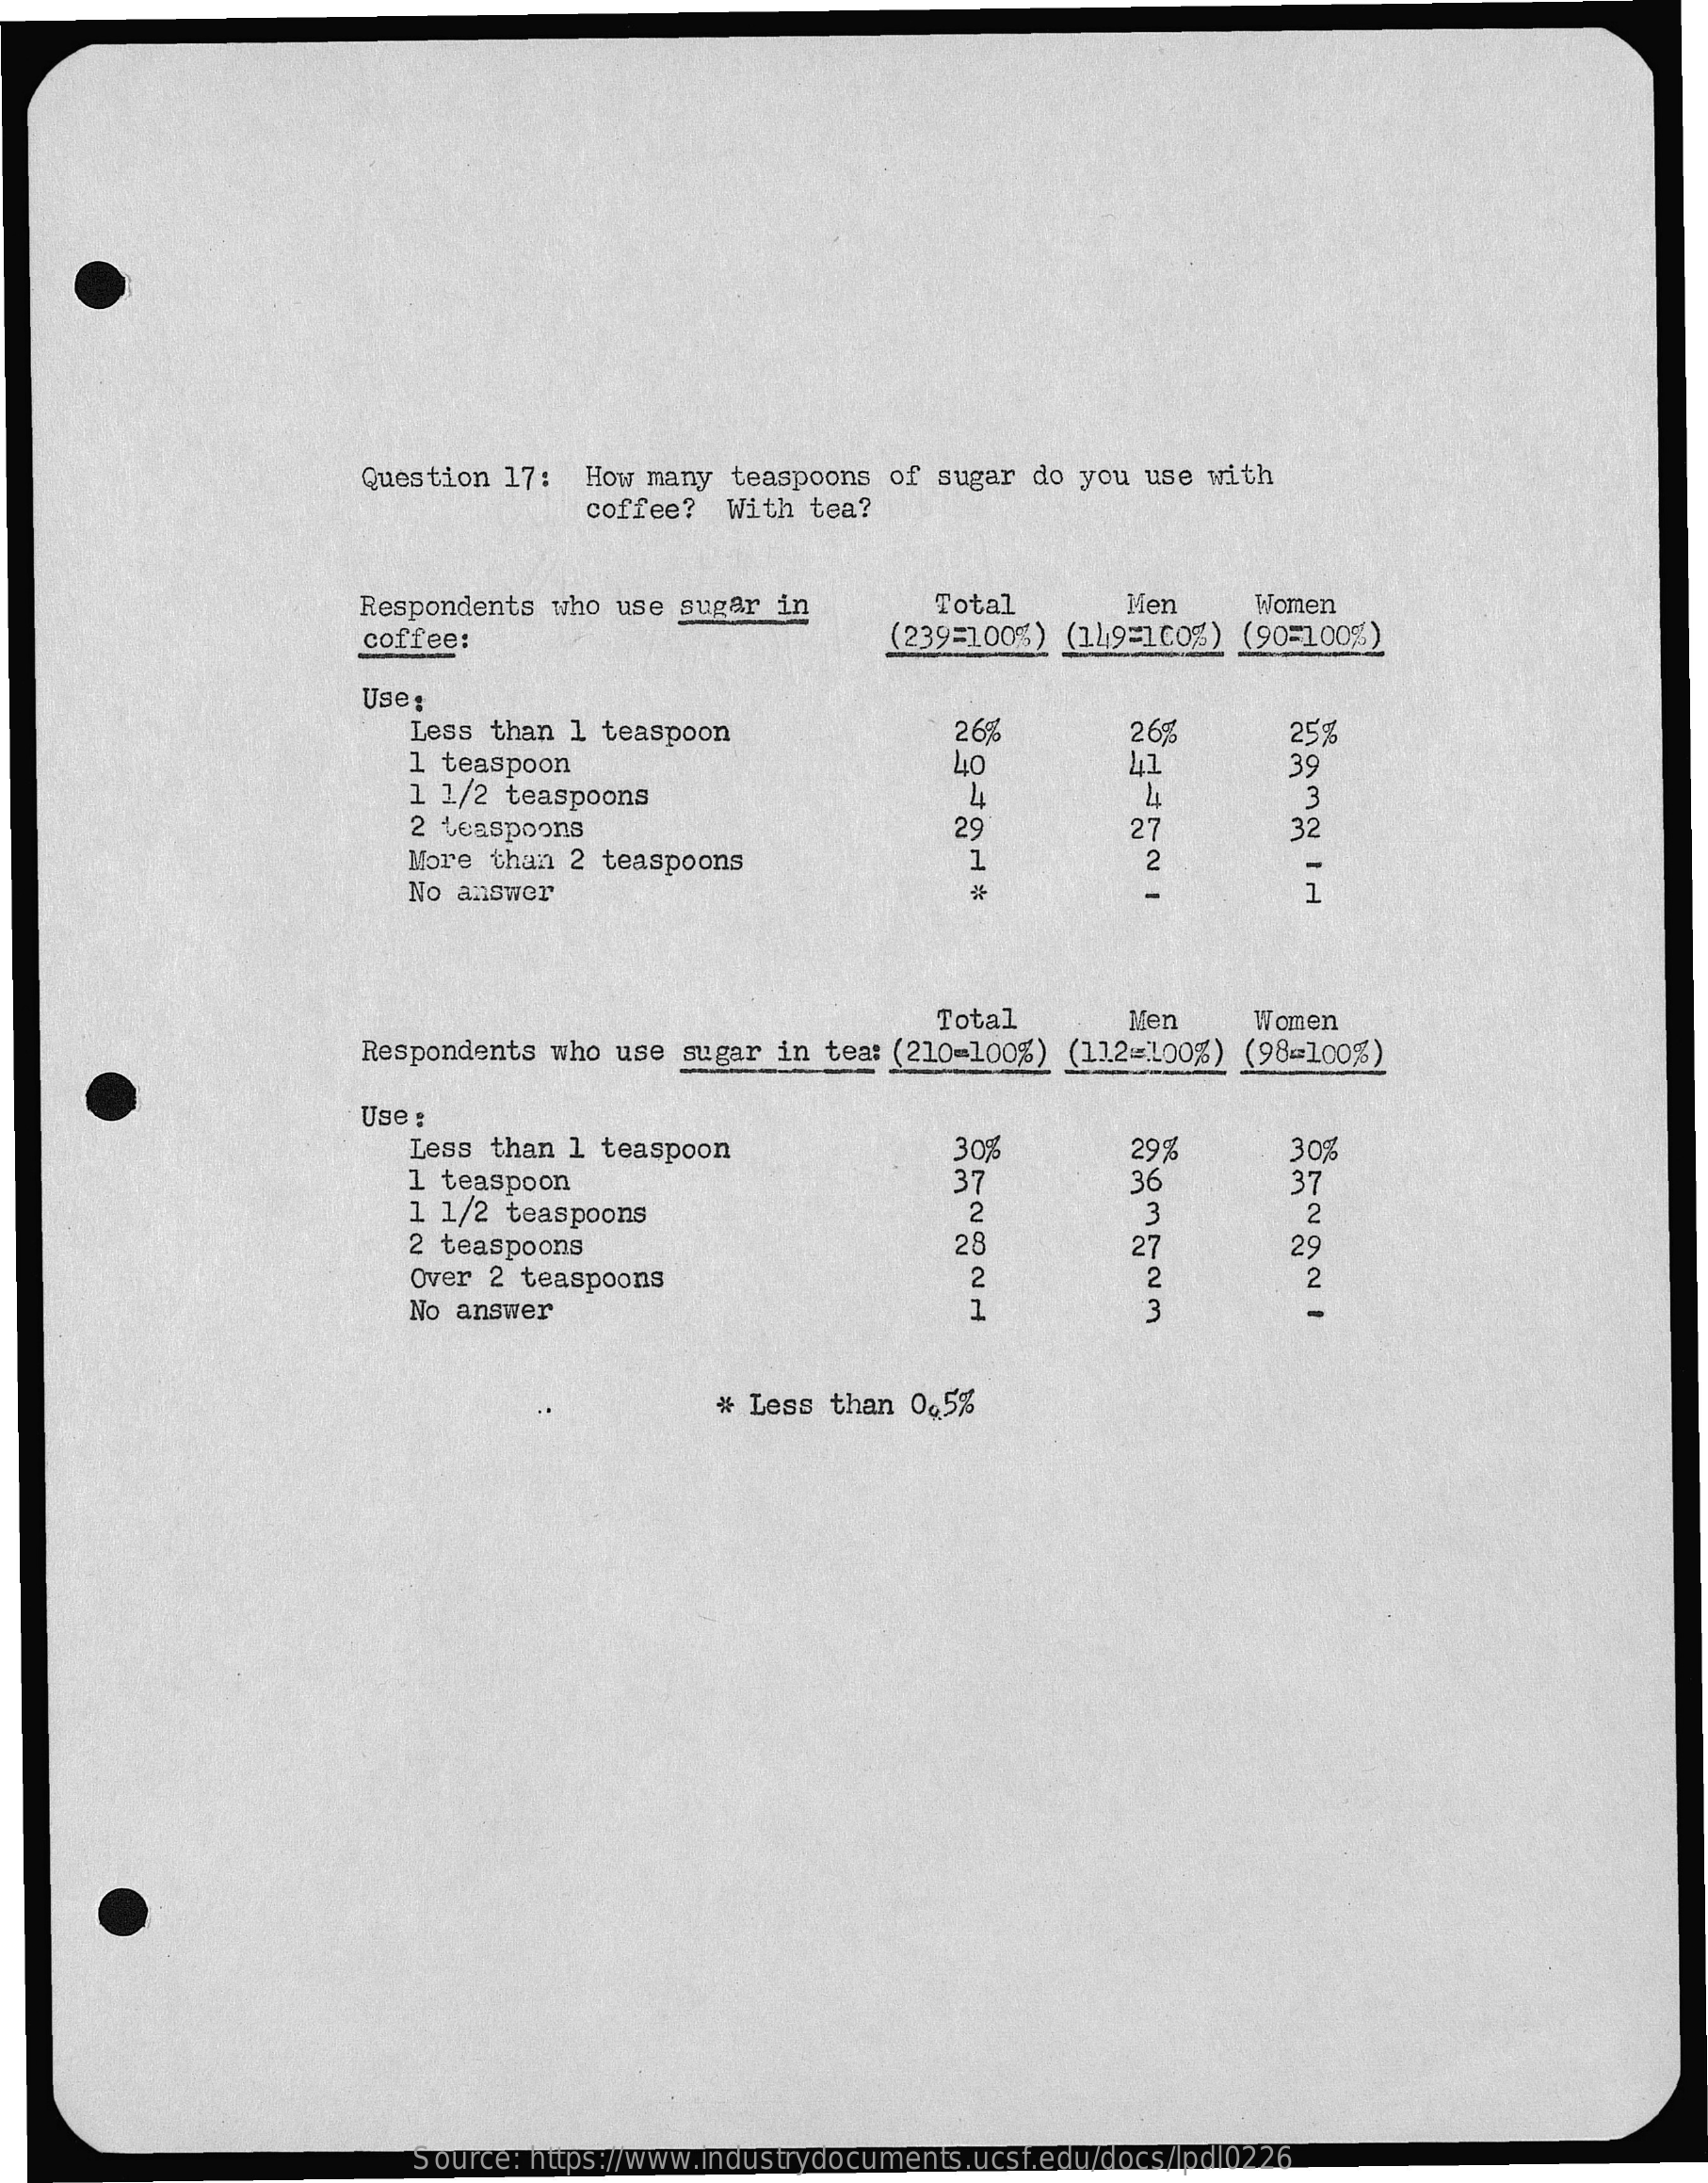
Question 17:  How many  teaspoons  of sugar do  you use with
     coffee?   With  tea?
     Respondents who use  sugar in    Total    Men    Women
     coffee:    (239=100%)  (149=100%) (90=100%)
     Use:
     Less than 1 teaspoon    26%    26%    25%
     1 teaspoon    39
     1 1/2 teaspoons
     40    41
     4    24
     2 teaspoons
     3
     29    27    32
     More than 2 teaspoons    1    2
     No answer
     Total    Ken    Women
     Respondents  who use  sugar in  tea: (210=100%) (112=100%) (98=100%)
     Use :
     Less than 1 teaspoon    30%    30%
     1 teaspoon    37
     29%
     36    37
     1 1/2 teaspoons    2    3    2
     2 teaspoons    28    27    29
     Over 2 teaspoons    2    2    2
     No answer    1
     # Less  than 0,5%
     Source: https://www.industrydocuments.ucsf.edu/docs/lpdl0226